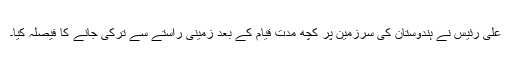
علی رئیس نے ہندوستان کی سرزمین پر کچھ مدت قیام کے بعد زمینی راستے سے ترکی جانے کا فیصلہ کیا۔